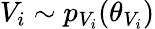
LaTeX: V_{i}\sim p_{V_{i}}(\theta_{V_{i}})